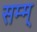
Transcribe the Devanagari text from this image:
सम्म्